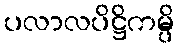
ပလာလပိဋ္ဌိကမ္ပိ